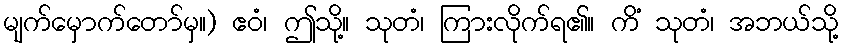
မျက်မှောက်တော်မှ။) ဧဝံ၊ ဤသို့။ သုတံ၊ ကြားလိုက်ရ၏။ ကိံ သုတံ၊ အဘယ်သို့